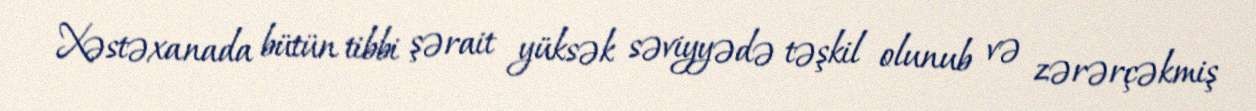
Xəstəxanada bütün tibbi şərait yüksək səviyyədə təşkil olunub və zərərçəkmiş